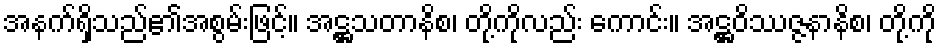
အနက်ရှိသည်၏အစွမ်းဖြင့်။ အဋ္ဌသတာနိစ၊ တို့ကိုလည်း ကောင်း။ အဋ္ဌဝိဿဇ္ဇနာနိစ၊ တို့ကို